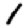
Digit: 1